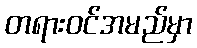
တရားဝင်အမည်မှာ